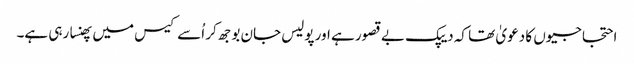
احتجاجیوں کا دعویٰ تھا کہ دیپک بے قصور ہے اور پولیس جان بوجھ کر اُسے کیس میں پھنسا رہی ہے۔